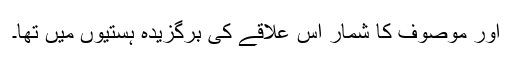
اور موصوف کا شمار اس علاقے کی برگزیدہ ہستیوں میں تھا۔